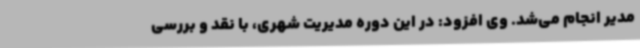
مدیر انجام می‌شد. وی افزود: در این دوره مدیریت شهری، با نقد و بررسی